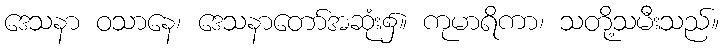
ဒေသနာ ဝသာနေ၊ ဒေသနာတော်အဆုံး၌။ ကုမာရိကာ၊ သတို့သမီးသည်။